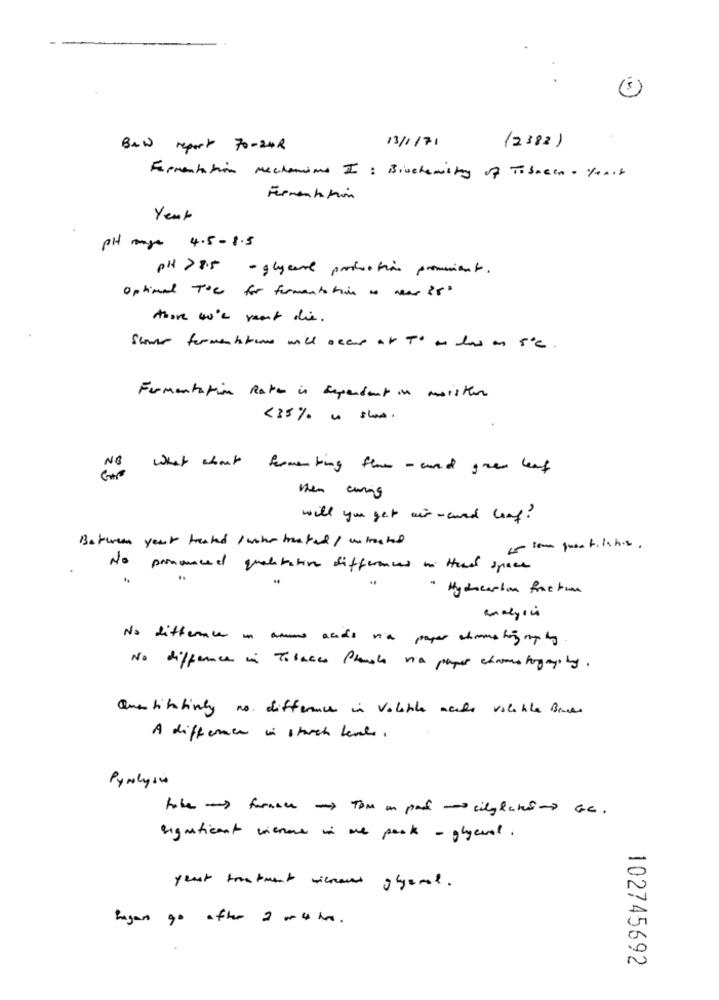
Bew report 70-248
13/1/71
(2382)
Fermentation mechanisms I : Biochemistry of Tobacco. years
Fermentation
Year
PH 4.5-1.5
PH >8.5 - glycae production provient.
optimal Tos for fermentation as was ?5
thore 40'e mont die.
Stover fermentation will occur at To an das an sie.
Fermentation Rate is dependent in maister
<35% " show.
NO
What whut fermenting that - cund gren leaf
when curing
will you get wir - aund loof?
Between year treated /uhr treated/ wshocked
No pronounced qualitative differences in Head space
" Hydrocarbon function
No difference in anos acids via paper chrome big up by
No difference in Tobacco Planole va paper chrome togange by.
Quantitativey no difference in Volatile accde valable Bruce
A difference in starch level.
Pyrolysis
significant vienne in one pack - glycerol .
yeast treatment microus flyeral.
hagan go after 2 o 4 hrs .
102745692